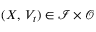
( X , \, V _ { t } ) \in \mathcal { I } \times \mathcal { O }